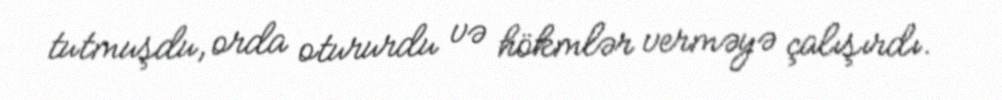
tutmuşdu, orda otururdu və hökmlər verməyə çalışırdı.